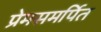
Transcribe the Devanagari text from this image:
प्रेमसमर्पित